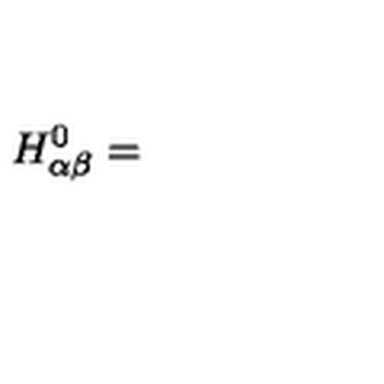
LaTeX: H _ { \alpha \beta } ^ { 0 } =